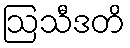
ဩသီဒတိ